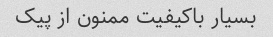
بسیار باکیفیت ممنون از پیک